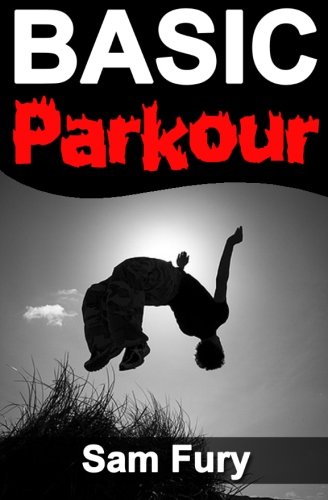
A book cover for Basic Parkour; Sam Fury; Sports & Outdoors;